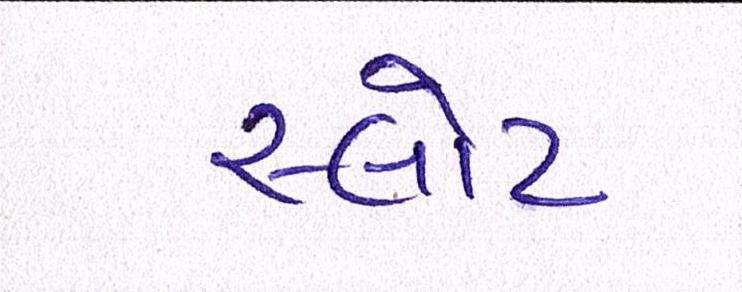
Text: સ્લોટ